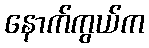
နောက်ကွယ်က